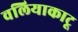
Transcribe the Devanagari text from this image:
वलियाकाटू